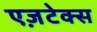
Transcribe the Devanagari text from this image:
एज़टेक्स